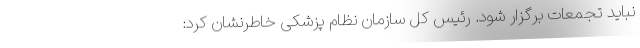
نباید تجمعات برگزار شود. رئیس کل سازمان نظام پزشکی خاطرنشان کرد: